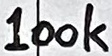
Text: 100k